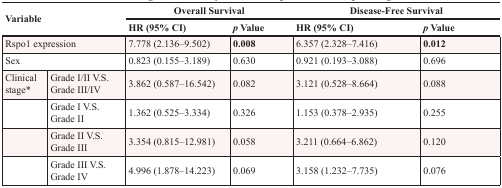
| <ROWSPAN=2-COLSPAN=2> Variable | <COLSPAN=2> Overall Survival | <COLSPAN=2> Disease-Free Survival |
 | HR (95% CI) | p Value | HR (95% CI) | p Value |
 | --- | --- | --- | --- | --- | --- |
 | <COLSPAN=2> Rspo1 expression | 7.778 (2.136–9.502) | 0.008 | 6.357 (2.328–7.416) | 0.012 |
 | <COLSPAN=2> Sex | 0.823 (0.155–3.189) | 0.630 | 0.921 (0.193–3.088) | 0.696 |
 | Clinical stage* | Grade I/II V.S. Grade III/IV | 3.862 (0.587–16.542) | 0.082 | 3.121 (0.528–8.664) | 0.088 |
 |  | Grade I V.S. Grade II | 1.362 (0.525–3.334) | 0.326 | 1.153 (0.378–2.935) | 0.255 |
 |  | Grade II V.S. Grade III | 3.354 (0.815–12.981) | 0.058 | 3.211 (0.664–6.862) | 0.120 |
 |  | Grade III V.S. Grade IV | 4.996 (1.878–14.223) | 0.069 | 3.158 (1.232–7.735) | 0.076 |